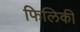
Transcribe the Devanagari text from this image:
फिलिकी